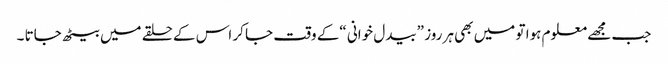
جب مجھے معلوم ہوا تو میں بھی ہر روز ”بیدل خوانی “کے وقت جا کر اس کے حلقے میں بیٹھ جاتا ۔